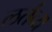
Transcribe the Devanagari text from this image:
लर्तव्य